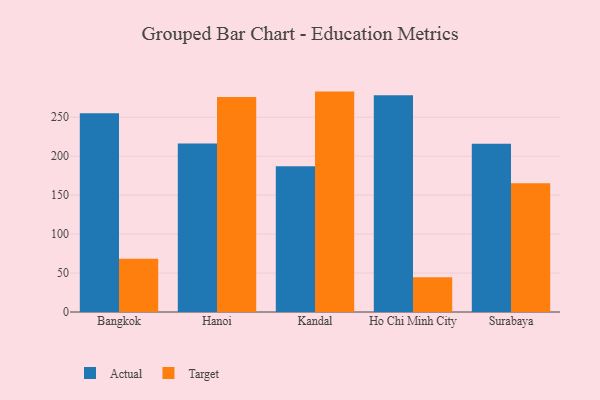
{"axis": {"x": "City", "y": "Market Share (%)"}, "legend": ["Actual", "Target"], "data": [{"x": "Bangkok", "y": 255.1, "type": "Actual"}, {"x": "Bangkok", "y": 68.4, "type": "Target"}, {"x": "Hanoi", "y": 216.3, "type": "Actual"}, {"x": "Hanoi", "y": 275.9, "type": "Target"}, {"x": "Kandal", "y": 187.2, "type": "Actual"}, {"x": "Kandal", "y": 282.9, "type": "Target"}, {"x": "Ho Chi Minh City", "y": 278.2, "type": "Actual"}, {"x": "Ho Chi Minh City", "y": 44.7, "type": "Target"}, {"x": "Surabaya", "y": 216.1, "type": "Actual"}, {"x": "Surabaya", "y": 165.4, "type": "Target"}]}